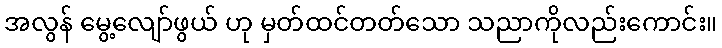
အလွန် မွေ့လျော်ဖွယ် ဟု မှတ်ထင်တတ်သော သညာကိုလည်းကောင်း။